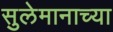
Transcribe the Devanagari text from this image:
सुलेमानाच्या